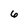
Character: 6